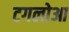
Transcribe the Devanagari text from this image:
टगलोआ